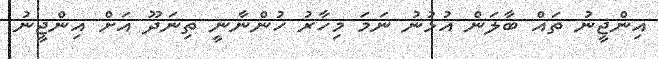
އިންޖީނު ތައް ބާލަން އުޅުނު ނަމަ މިހާރު ހުންނާނީ ތިނަދޫ އަށް އިންޖީނު